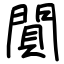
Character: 閴